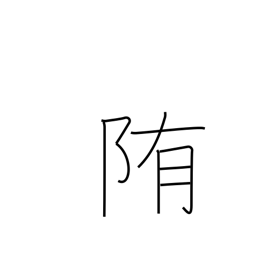
Meaning: wrap